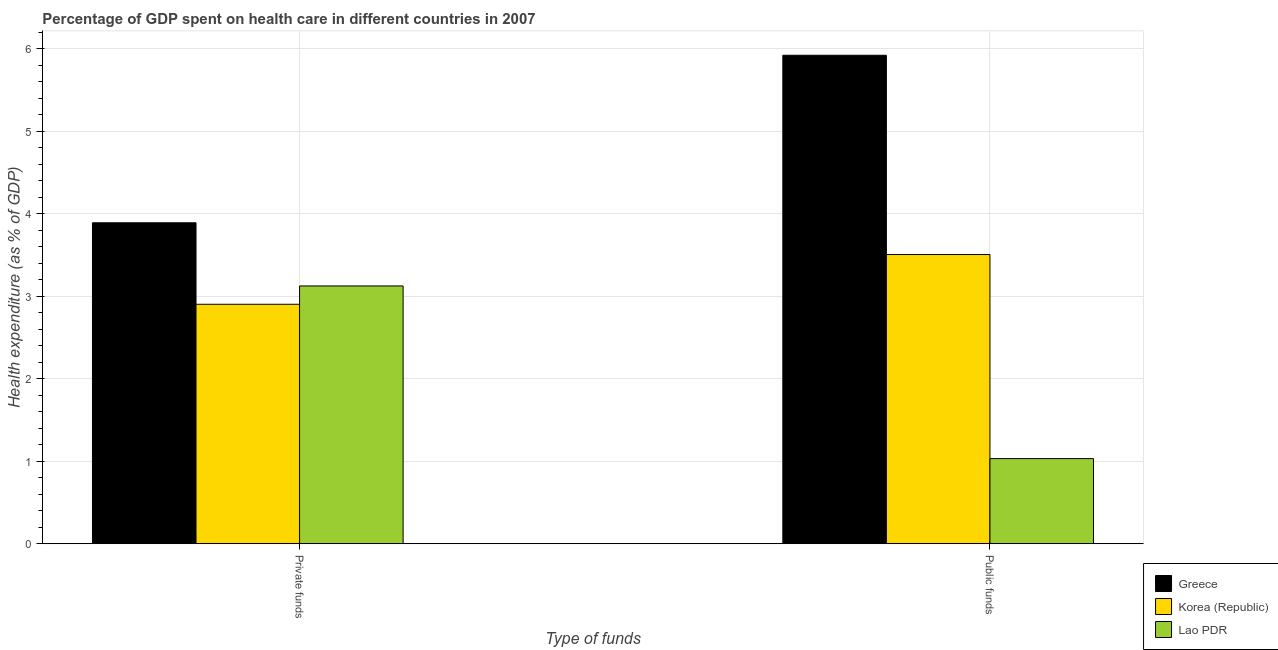
| Type of funds | Greece | Korea (Republic) | Lao PDR |
 | --- | --- | --- | --- |
 | Private funds | 3.89 | 2.9 | 3.12 |
 | Public funds | 5.92 | 3.51 | 1.03 |